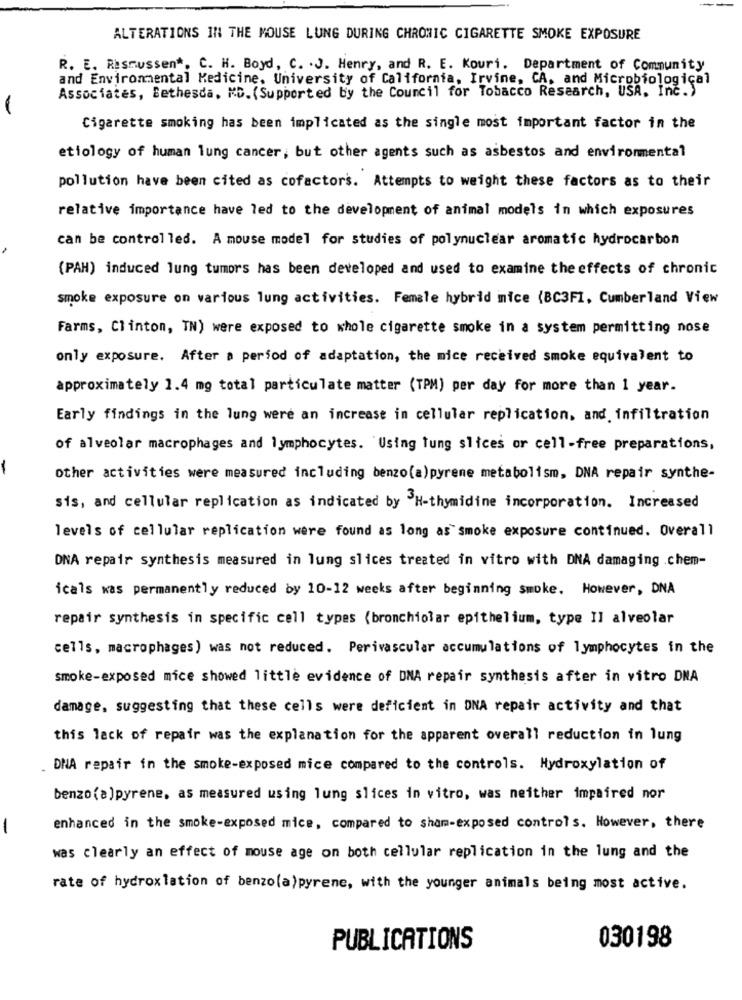
ALTERATIONS IN THE MOUSE LUNG DURING CHRONIC CIGARETTE SMOKE EXPOSURE
R. E. Rasmussen", C. H. Boyd, C. . J. Henry, and R. E. Kouri. Department of Community
and Environmental Medicine, University of California, Irvine, CA, and Microbiological
Associates, Bethesda, MD. (Supported by the Council for Tobacco Research, USA, Inc.)
-
Cigarette smoking has been implicated as the single most important factor in the
etiology of human lung cancer, but other agents such as asbestos and environmental
pollution have been cited as cofactors. Attempts to weight these factors as to their
relative importance have led to the development of animal models in which exposures
can be controlled. A mouse model for studies of polynuclear aromatic hydrocarbon
(PAH) induced lung tumors has been developed and used to examine the effects of chronic
smoke exposure on various lung activities. Female hybrid mice (BC3FI, Cumberland View
Farms, Clinton, TN) were exposed to whole cigarette smoke in a system permitting nose
only exposure. After a period of adaptation, the mice received smoke equivalent to
approximately 1.4 mg total particulate matter (TPM) per day for more than 1 year.
Early findings in the lung were an increase in cellular replication, and infiltration
of alveolar macrophages and lymphocytes. "Using tung slices or cell-free preparations,
-
other activities were measured including benzo(a)pyrene metabolism, DNA repair synthe-
sis, and cellular replication as indicated by H-thymidine incorporation. Increased
levels of cellular replication were found as long as smoke exposure continued. Overall
DNA repair synthesis measured in lung slices treated in vitro with DNA damaging .chem-
icals was permanently reduced by 10-12 weeks after beginning smoke. However, DNA
repair synthesis in specific cell types (bronchiolar epithelium, type Il alveolar
cells, macrophages) was not reduced. Perivascular accumulations of lymphocytes in the
smoke-exposed mice showed little evidence of DNA repair synthesis after in vitro DNA
damage, suggesting that these cells were deficient in DNA repair activity and that
this lack of repair was the explanation for the apparent overall reduction in lung
DNA repair in the smoke-exposed mice compared to the controls. Hydroxylation of
benzo (a)pyrene, as measured using lung slices in vitro, was neither impaired nor
-
enhanced in the smoke-exposed mice, compared to sham-exposed controls. However, there
was clearly an effect of mouse age on both cellular replication in the lung and the
rate of hydroxlation of benzo(a)pyrene, with the younger animals being most active.
030198
PUBLICATIONS